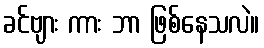
ခင်ဗျား ကား ဘာ ဖြစ်နေသလဲ။